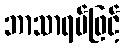
ဘာသာရပ်ဖြင့်